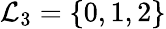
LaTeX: \mathcal{L}_{3}=\{ 0,1,2\}